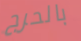
بالحرج